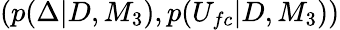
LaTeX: (p(\Delta|D,M_{3}),p(U_{fc}|D,M_{3}))